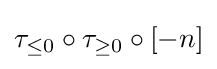
\tau _{\leq 0}\circ \tau _{\geq 0}\circ [-n]